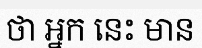
ថា អ្នក នេះ មាន